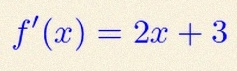
f'(x)=2x+3